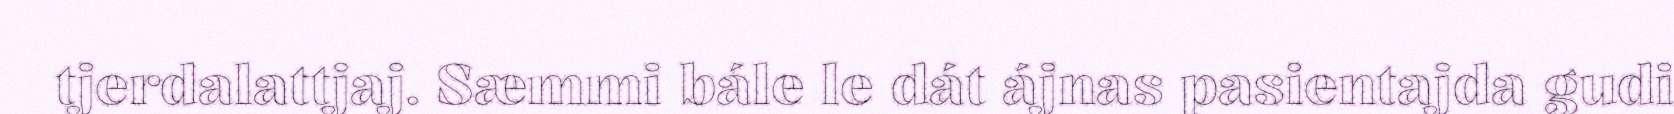
tjerdalattjaj. Sæmmi bále le dát ájnas pasientajda gudi